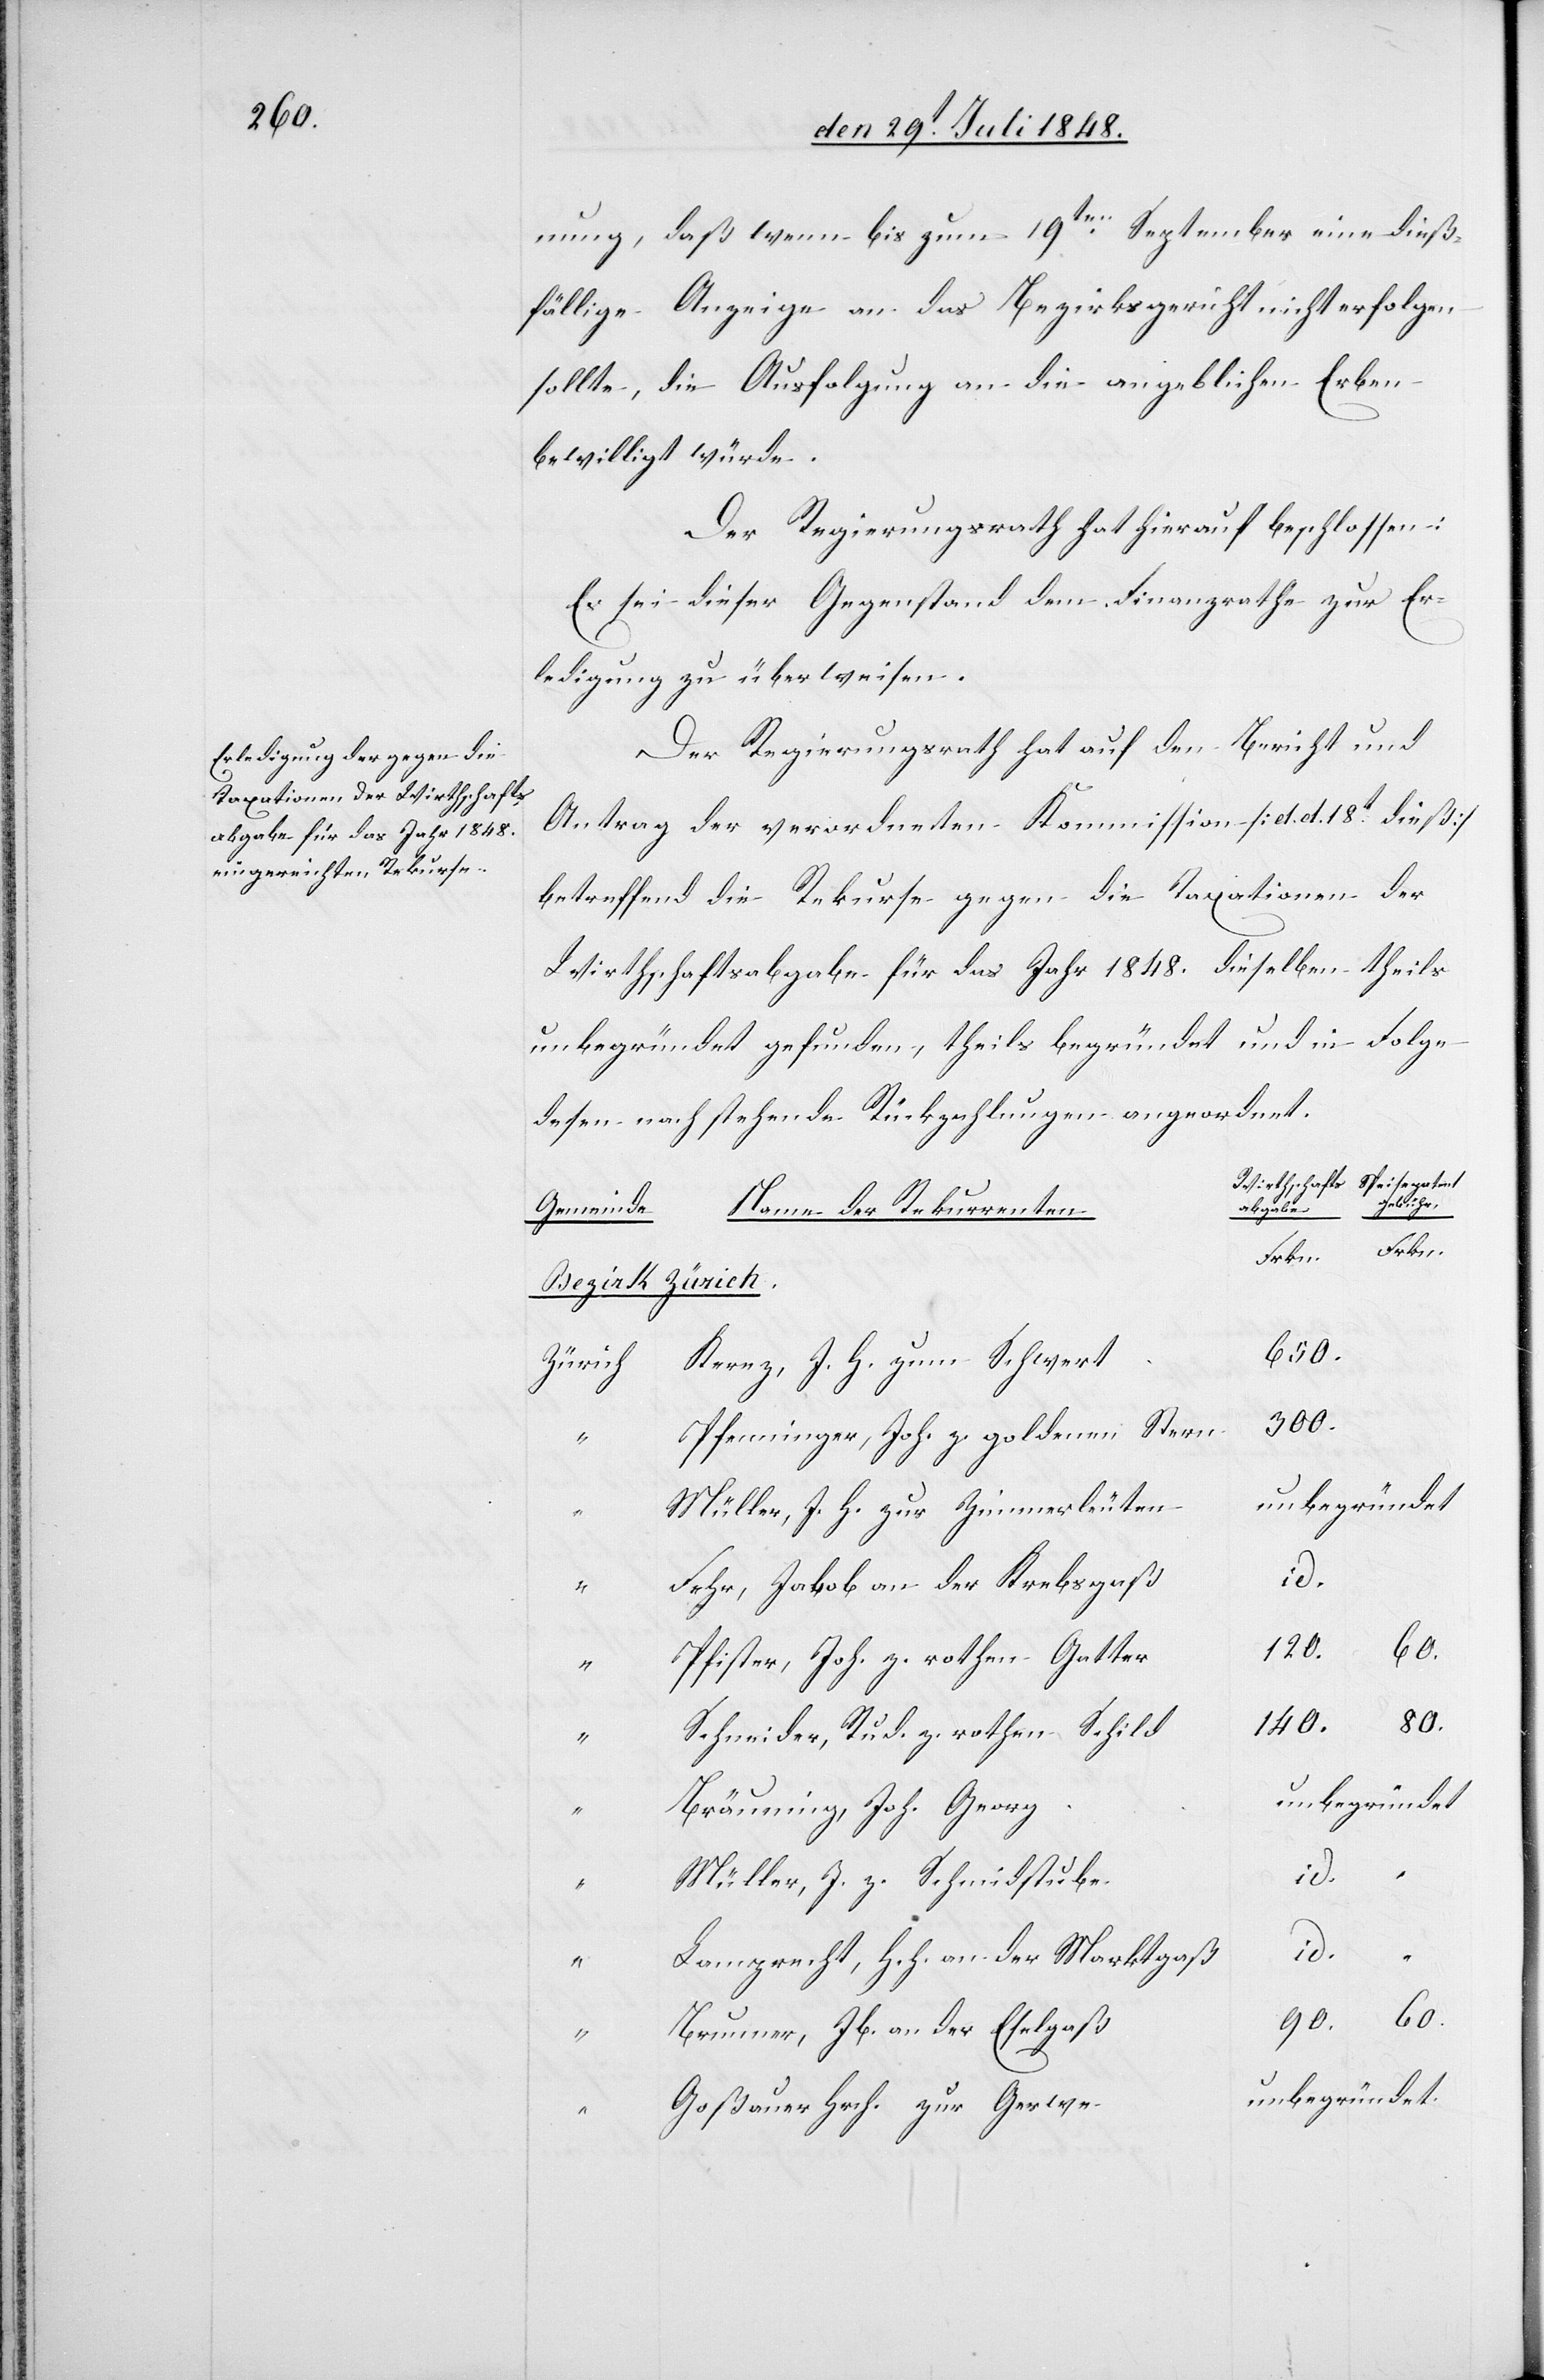
nung, daß wenn bis zum 19ten September eine dieß¬
fällige Anzeige an das Bezirksgericht nicht erfolgen
sollte, die Ausfolgung an die angeblichen Erben
bewilligt würde.
Der Regierungsrath hat hierauf beschlossen:
Es sei dieser Gegenstand dem Finanzrathe zu Er¬
ledigung zu überweisen.
Der Regierungsrath hat auf den Bericht und
Antrag der verordneten Kommission [d. d. 18t dieß]
betreffend die Rekurse gegen die Taxationen der
Wirthschaftsabgabe für das Jahr 1848. dieselben theils
unbegründet gefunden, theils begründet und in Folge
[sic!] nachstehende Rückzahlungen angeordnet.
Gemeinde
Name der Rekurrenten
Bezirk Zürich.
650.
Kerez, J. H. zum Schwert
Zürich
300.
Pfenninger, Joh. z. goldenen Stern
unbegründet
Müller, J. H. zur Zimmerleuten
Fehr, Jakob an der Krebsgaß
abe
140.
Pfister, Joh. z. rothen Gatter
Schneider, Rud. z. rothen Schild
Bräuning, Joh. Georg
Müller, J. z. Schmidstube
id.
“
Lamprecht, Hch. an der Marktgaß
60.
90.
Brunner, Jb. an der Eselgaß
Goßauer Hrch. zur Gerwe